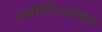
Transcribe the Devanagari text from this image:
गालिच्यांवर